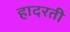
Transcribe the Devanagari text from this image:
हादरती